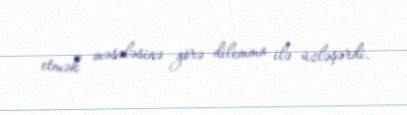
etmək məsələsinə görə dilemma ilə üzləşərdi.